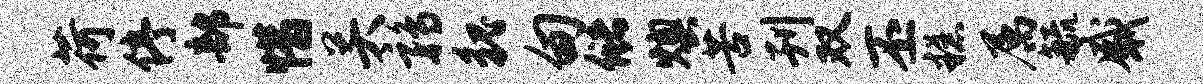
荷停部惜关鹑貌甸储燠苦刊双丕糕属毓感